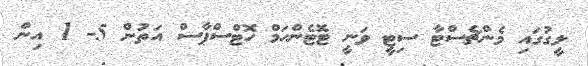
ލީގުގައި މެންޗެސްޓާ ސިޓީ ވަނީ ޓޮޓެންހަމް ހޮޓްސްޕާސް އަތުން 5- 1 އިން